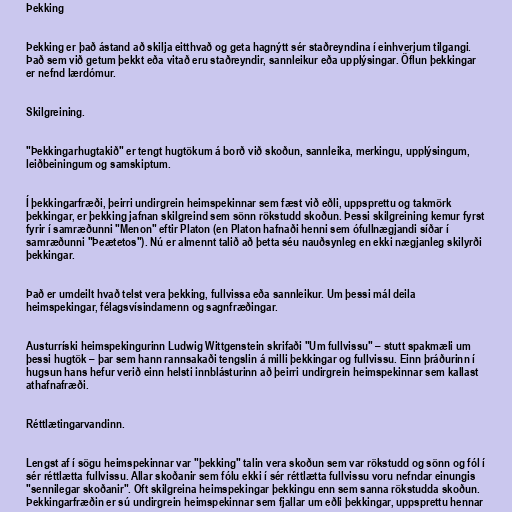
Þekking

Þekking er það ástand að skilja eitthvað og geta hagnýtt sér staðreyndina í einhverjum tilgangi.
Það sem við getum þekkt eða vitað eru staðreyndir, sannleikur eða upplýsingar. Öflun þekkingar
er nefnd lærdómur.

Skilgreining.

"Þekkingarhugtakið" er tengt hugtökum á borð við skoðun, sannleika, merkingu, upplýsingum,
leiðbeiningum og samskiptum.

Í þekkingarfræði, þeirri undirgrein heimspekinnar sem fæst við eðli, uppsprettu og takmörk
þekkingar, er þekking jafnan skilgreind sem sönn rökstudd skoðun. Þessi skilgreining kemur fyrst
fyrir í samræðunni "Menon" eftir Platon (en Platon hafnaði henni sem ófullnægjandi síðar í
samræðunni "Þeætetos"). Nú er almennt talið að þetta séu nauðsynleg en ekki nægjanleg skilyrði
þekkingar.

Það er umdeilt hvað telst vera þekking, fullvissa eða sannleikur. Um þessi mál deila
heimspekingar, félagsvísindamenn og sagnfræðingar.

Austurríski heimspekingurinn Ludwig Wittgenstein skrifaði "Um fullvissu" – stutt spakmæli um
þessi hugtök – þar sem hann rannsakaði tengslin á milli þekkingar og fullvissu. Einn þráðurinn í
hugsun hans hefur verið einn helsti innblásturinn að þeirri undirgrein heimspekinnar sem kallast
athafnafræði.

Réttlætingarvandinn.

Lengst af í sögu heimspekinnar var "þekking" talin vera skoðun sem var rökstudd og sönn og fól í
sér réttlætta fullvissu. Allar skoðanir sem fólu ekki í sér réttlætta fullvissu voru nefndar einungis
"sennilegar skoðanir". Oft skilgreina heimspekingar þekkingu enn sem sanna rökstudda skoðun.
Þekkingarfræðin er sú undirgrein heimspekinnar sem fjallar um eðli þekkingar, uppsprettu hennar